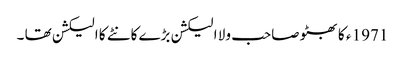
1971 ء کا بھٹو صاحب ولا ا لیکشن بڑے کانٹے کا الیکشن تھا ۔